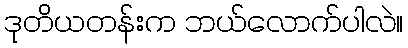
ဒုတိယတန်းက ဘယ်လောက်ပါလဲ။